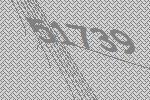
51739